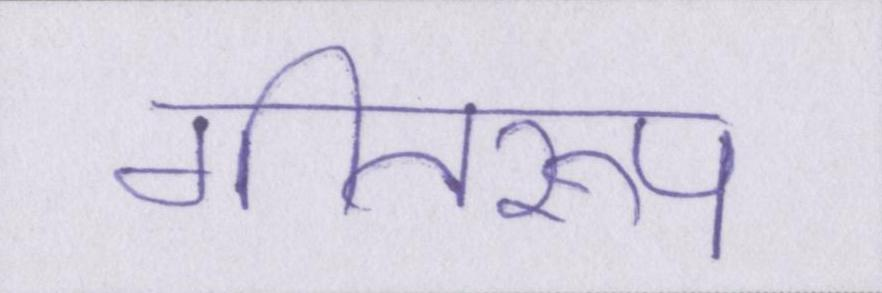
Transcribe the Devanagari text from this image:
गीतरूप